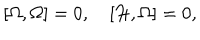
[ \Omega , \Omega ] = 0 , \quad [ { \cal H } , \Omega ] = 0 ,